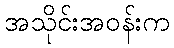
အသိုင်းအဝန်းက